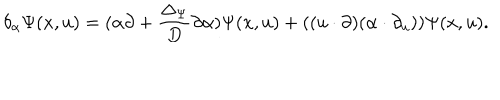
\delta _ { \alpha } \Psi ( x , u ) = ( \alpha \partial + \frac { \Delta _ { \Psi } } { D } \partial \alpha ) \Psi ( x , u ) + ( ( u \cdot \partial ) ( \alpha \cdot \partial _ { u } ) ) \Psi ( x , u ) .